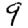
Digit: 9